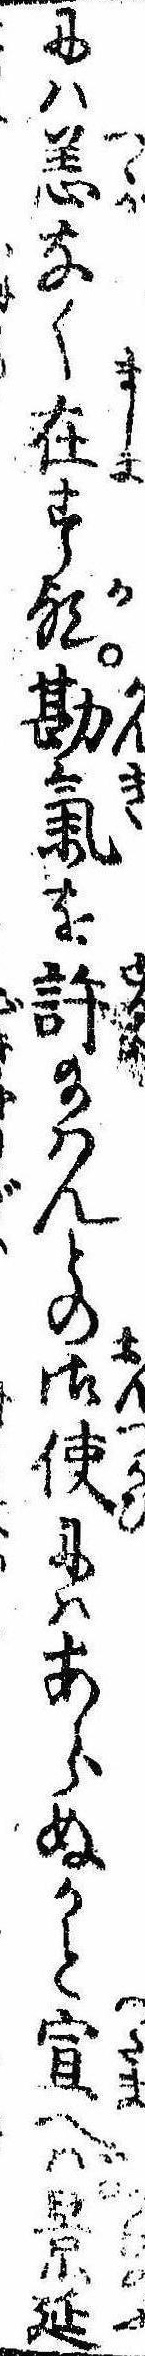
には恙なく在す歟勘気を許給はんとの御使にはあらぬかと宣へば景延